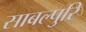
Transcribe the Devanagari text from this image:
साबल्पुरि